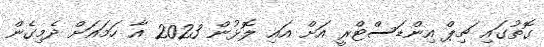
ގޮތުގައި ޗިޕް އިންޑަސްޓްރީ އަށް އައި ލޮޅުން 2023 އާ ހަމައަށް ދެމިގެން